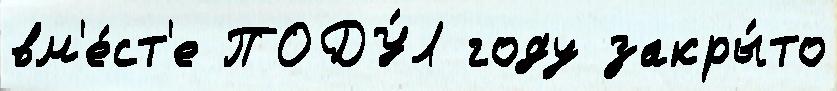
вм'е́ст'е ПОДУ́Л году закры́то